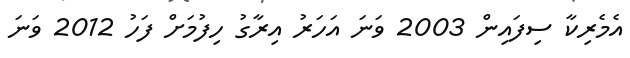
އެމެރިކާ ސިފައިން 2003 ވަނަ އަހަރު އިރާގު ހިފުމަށް ފަހު 2012 ވަނަ